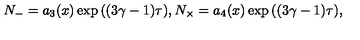
N _ { - } = a _ { 3 } ( x ) \exp { ( ( 3 \gamma - 1 ) \tau ) } , N _ { \times } = a _ { 4 } ( x ) \exp { ( ( 3 \gamma - 1 ) \tau ) } ,